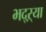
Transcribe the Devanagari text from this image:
भद्‌ऱ्या